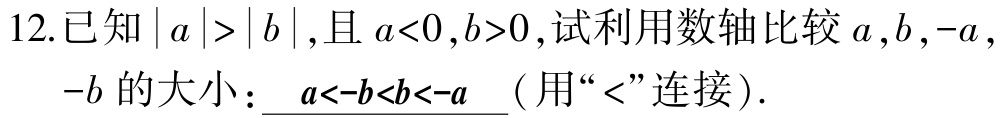
12.已知\(\vert a\vert>\vert b\vert\),且\(a<0,b>0\),试利用数轴比较\(a,b,-a\),\(-b\)的大小：\(a<-b<b<-a\)（用“\(<\)”连接）.